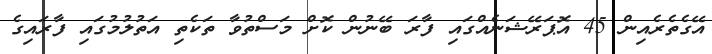
އޭގެތެރެއިން 45 އޮޕަރޭޝަނެއްގައި ފާރަ ބޭނުން ކޮށް މަސްތުވާ ތަކެތި އަތުލުމުގައި ފާރައިގެ